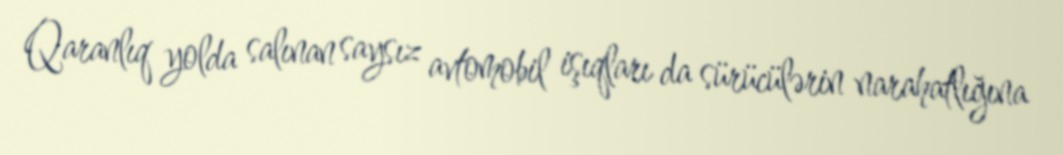
Qaranlıq yolda salınan saysız avtomobil işıqları da sürücülərin narahatlığına